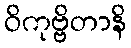
ဝိကုဗ္ဗိတာနိ